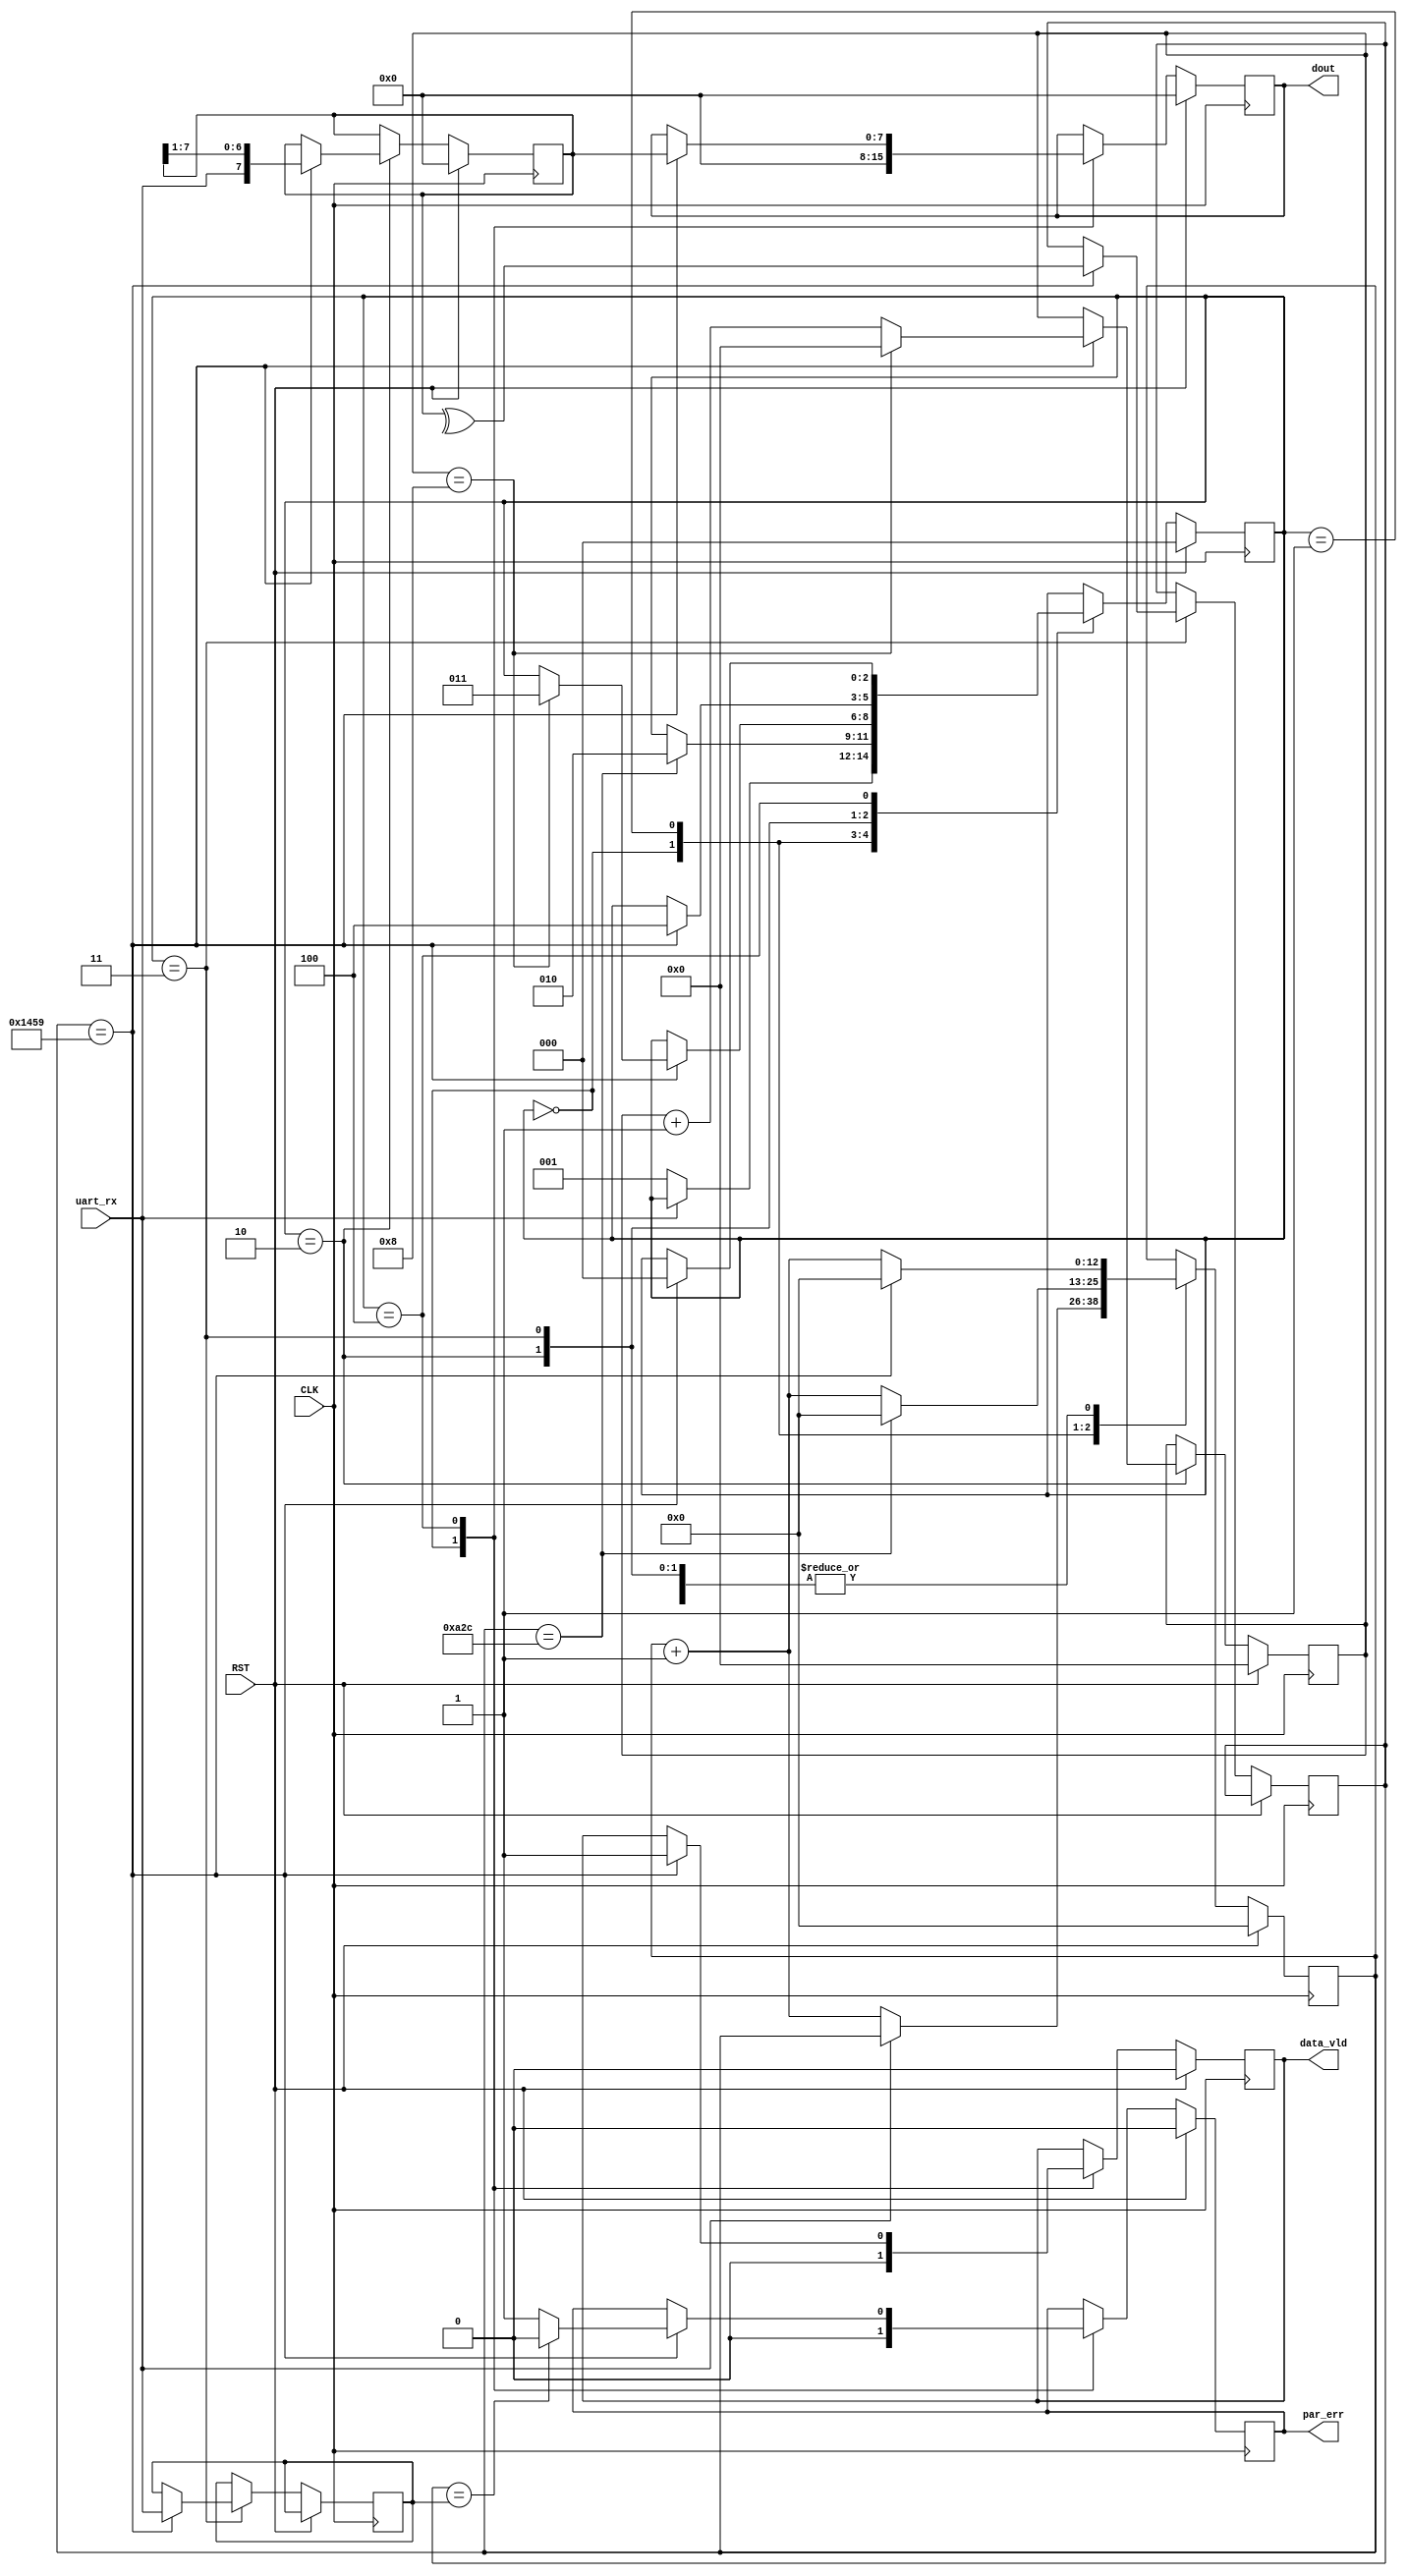
module rx_uart#(parameter WL = 8,BAUD_RATE = 9600,
             CLK_FREQ = 100000000)(input CLK,RST,
             input uart_rx,
             output reg data_vld,
             output reg par_err,
             output reg [WL-1:0] dout);
            
   localparam idle = 3'b000; localparam start= 3'b001;
   localparam rx = 3'b010; localparam parity = 3'b011;
   localparam stop = 3'b100;


//   localparam clock_max = $ceil((CLK_FREQ/BAUD_RATE))/2;
//   localparam bits = $clog2((CLK_FREQ/BAUD_RATE));

   localparam clock_max = 5209;
   localparam bits = 15;


   reg [$clog2(bits) - 1:0] bit_counter;
   reg [($clog2(clock_max)) - 1:0] clock_counter;
   reg [2:0] state;
   reg [WL-1:0] sample;
   reg check_parity;
   reg rx_parity;

   always @(posedge CLK) begin
       if(RST) begin
           state <= idle;
           data_vld <= 1'b0;
           par_err <= 1'b0;
           dout <= 0;
           sample <= 0;
           bit_counter <= 0;
           clock_counter <= 0;
       end

       else begin

           case(state)
               idle: begin
                   par_err <= 1'b0;
                   data_vld <= 1'b0;
                   dout <= 0;
                   if(!uart_rx) begin
                        clock_counter <= clock_counter + 1;
                        state <= start;
                   end                 
               end


               start:begin
                   if(clock_counter == clock_max/2) begin
                       state <= rx;
                       clock_counter <= 0;
                   end
                   else clock_counter <= clock_counter + 1;
               end


               rx: begin
                   if(clock_counter == clock_max) begin
                       clock_counter <= 0;
                       sample <= {uart_rx,sample[WL-1:1]};
                       if(bit_counter == WL) begin
                           state <= parity;
                           bit_counter <= 0;
                       end
                       else bit_counter <= bit_counter + 1;
                   end
                   else clock_counter <= clock_counter + 1;
               end


               parity: begin
                   if(clock_counter == clock_max) begin
                       clock_counter <= 0;
                       rx_parity <= uart_rx;
                       check_parity <= ^sample;
                       state <= stop;
                   end
                   else clock_counter <= clock_counter + 1;
               end

                stop: begin

                if(clock_counter == clock_max) begin
                    clock_counter <= 0;
                    if(check_parity == rx_parity) par_err <= 1'b0;
                    else par_err <= 1'b1;
                    data_vld <= 1'b1;
                    state <= idle;
                    dout <= sample;
                end
                else clock_counter <= clock_counter + 1;

                end
           endcase
       end

   end
endmodule